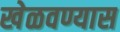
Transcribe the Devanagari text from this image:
खेळवण्यास